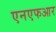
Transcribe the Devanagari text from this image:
एनएफआर